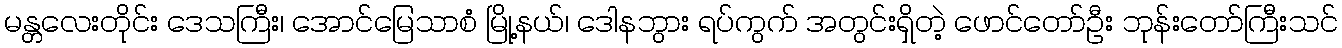
မန္တလေးတိုင်း ဒေသကြီး၊ အောင်မြေသာစံ မြို့နယ်၊ ဒေါနဘွား ရပ်ကွက် အတွင်းရှိတဲ့ ဖောင်တော်ဦး ဘုန်းတော်ကြီးသင်